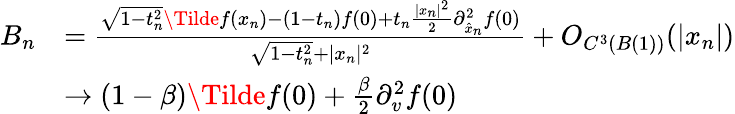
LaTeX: \begin{array}{rl}{B_{n}}&{=\frac{\sqrt{1-t_{n}^{2}}\Tilde{f}(x_{n})-(1-t_{n})f(0)+t_{n}\frac{\lvert x_{n}\rvert^{2}}{2}\partial_{\hat{x}_{n}}^{2}f(0)}{\sqrt{1-t_{n}^{2}}+\lvert x_{n}\rvert^{2}}+O_{C^{3}(B(1))}(\lvert x_{n}\rvert)}\\ &{\to(1-\beta)\Tilde{f}(0)+\frac{\beta}{2}\partial_{v}^{2}f(0)}\end{array}